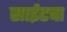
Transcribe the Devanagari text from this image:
साईटचा